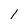
Character: 1